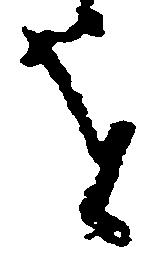
を